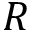
R